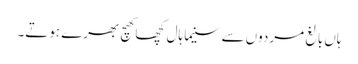
ہاں بالغ مردوں سے سنیما ہال کچھا کھچ بھرے ہوتے۔